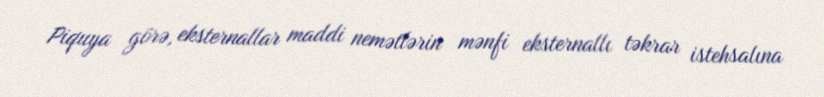
Piquya görə, eksternallar maddi nemətlərin mənfi eksternallı təkrar istehsalına